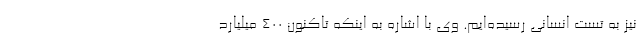
نیز به تست انسانی رسیده‌ایم. وی با اشاره به اینکه تاکنون ۴۰۰ میلیارد